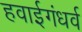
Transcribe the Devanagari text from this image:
हवाईगंधर्व